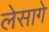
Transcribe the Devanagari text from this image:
लेसागे